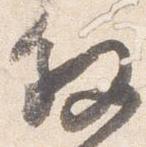
叙